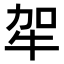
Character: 𤙄